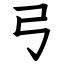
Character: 弓